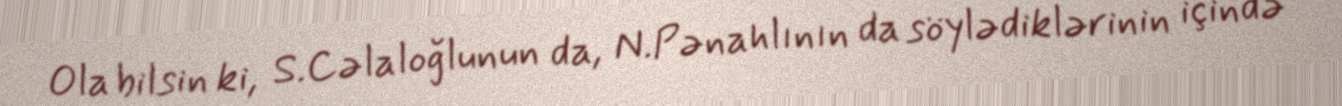
Ola bilsin ki, S.Cəlaloğlunun da, N.Pənahlının da söylədiklərinin içində